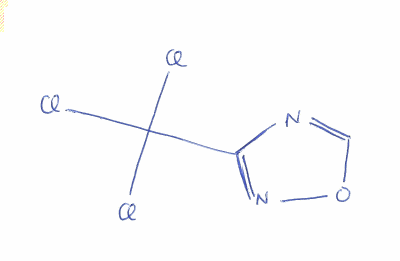
Simplified molecular-input line-entry system (SMILES) notation of the given molecule:
C1=NC(=NO1)C(Cl)(Cl)Cl